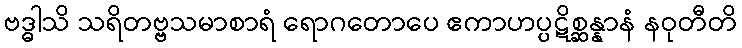
ဗဒ္ဓါသိ သရိတဗ္ဗသမာစာရံ ရောဂတောပေ ဧကာဟပ္ပဋိစ္ဆန္နာနံ နဝုတီတိ